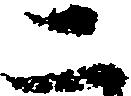
二